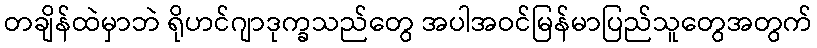
တချိန်ထဲမှာဘဲ ရိုဟင်ဂျာဒုက္ခသည်တွေ အပါအဝင်မြန်မာပြည်သူတွေအတွက်